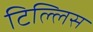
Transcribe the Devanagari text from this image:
टिल्लिस